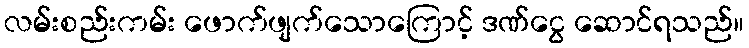
လမ်းစည်းကမ်း ဖောက်ဖျက်သောကြောင့် ဒဏ်ငွေ ဆောင်ရသည်။